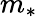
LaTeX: m_{*}